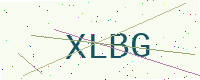
Text: XLBG